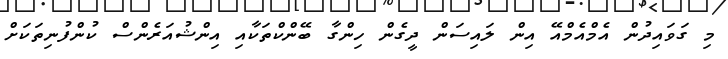
މި ގަވަައިދުން އެމްއެމްއޭ އިން ލައިސަން ދީގެން ހިންގާ ބޭންކްތަކާއި އިންޝުއަރެންސް ކުންފުނިތަކަށް